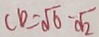
C D = \sqrt { 6 } - \sqrt { 2 }